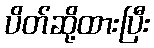
ပိတ်ဆို့ထားပြီး